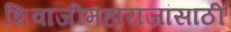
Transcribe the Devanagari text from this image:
शिवाजीमहाराजांसाठी